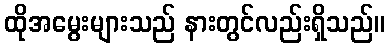
ထိုအမွေးများသည် နားတွင်လည်းရှိသည်။